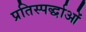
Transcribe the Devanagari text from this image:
प्रतिस्पर्द्धाओं